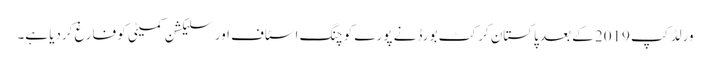
ورلڈ کپ 2019 کے بعد پاکستان کرکٹ بورڈ نے پورے کوچنگ اسٹاف اور سلیکشن کمیٹی کو فارغ کردیا ہے۔